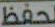
لحفظ